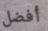
أفضل